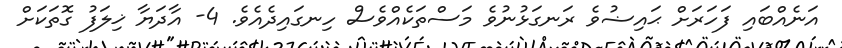
އަނެއްބައި ފަހަރަށް ޙައިޟުވެ ރަނގަޅުނުވެ މަސްތަކެއްވެސް ހިނގައިދެއެވެ. 4- އާދަޔާ ޚިލަފު ގޮތަކަށް